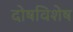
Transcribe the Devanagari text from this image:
दोषविशेष